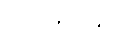
လုပ်ကိုင်သူ